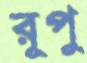
রূপু